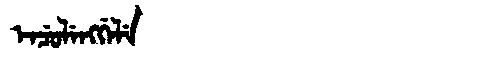
Manchu: ᡝᠨᠴᡠᠯᡝᠩᡤᡝᠯᡝ
Romanization: ENCULENGGELE